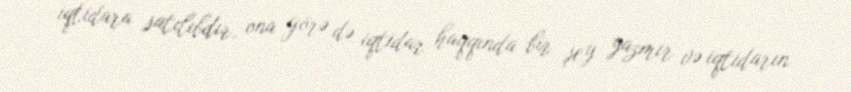
iqtidara satılıbdır, ona görə də iqtidar haqqında bir şey yazmır və iqtidarın